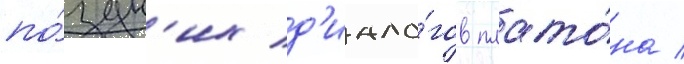
по́здн'их д'иало́гов плато́на /